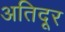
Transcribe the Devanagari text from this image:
अतिदूर